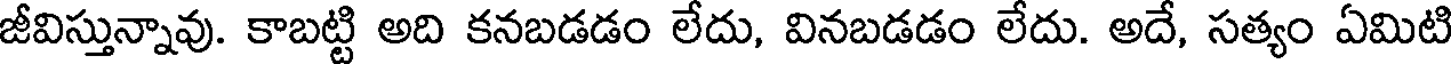
జీవిస్తున్నావు. కాబట్టి అది కనబడడం లేదు, వినబడడం లేదు. అదే, సత్యం ఏమిటి